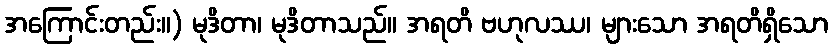
အကြောင်းတည်း။) မုဒိတာ၊ မုဒိတာသည်။ အရတိ ဗဟုလဿ၊ များသော အရတိရှိသော